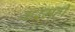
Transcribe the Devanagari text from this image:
करमहीं